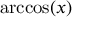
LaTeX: \operatorname { a r c c o s } ( x )